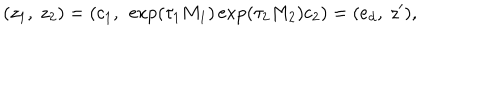
( z _ { 1 } , \ z _ { 2 } ) = ( c _ { 1 } , \ \exp ( \tau _ { 1 } M _ { 1 } ) \exp ( \tau _ { 2 } M _ { 2 } ) c _ { 2 } ) = ( e _ { d } , \ z ^ { \prime } ) ,